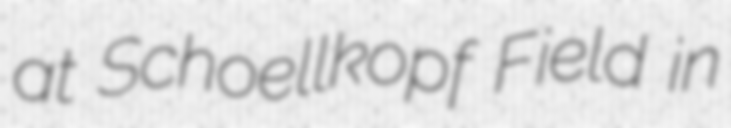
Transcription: at Schoellkopf Field in